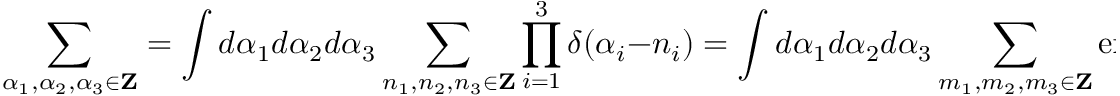
\sum _ { \alpha _ { 1 } , \alpha _ { 2 } , \alpha _ { 3 } \in { \bf Z } } = \int d \alpha _ { 1 } d \alpha _ { 2 } d \alpha _ { 3 } \sum _ { n _ { 1 } , n _ { 2 } , n _ { 3 } \in { \bf Z } } \prod _ { i = 1 } ^ { 3 } \delta ( \alpha _ { i } - n _ { i } ) = \int d \alpha _ { 1 } d \alpha _ { 2 } d \alpha _ { 3 } \sum _ { m _ { 1 } , m _ { 2 } , m _ { 3 } \in { \bf Z } } \exp \left( 2 \pi i \sum _ { i = 1 } ^ { 3 } \alpha _ { i } m _ { i } \right)